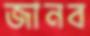
জানব